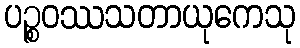
ပဉ္စဝဿသတာယုကေသု